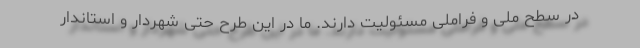
در سطح ملی و فراملی مسئولیت دارند. ما در این طرح حتی شهردار و استاندار